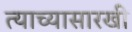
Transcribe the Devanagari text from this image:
त्याच्यासारखी